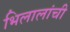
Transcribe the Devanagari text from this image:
भिलालांची